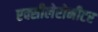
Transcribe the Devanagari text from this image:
एक्सीलेरोमीटर